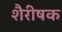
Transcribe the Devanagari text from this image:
शैरीषक